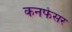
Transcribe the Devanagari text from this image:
कनफेसर